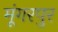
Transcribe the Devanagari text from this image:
मूंगरपुर